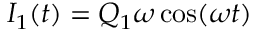
I _ { 1 } ( t ) = Q _ { 1 } \omega \cos ( \omega t )